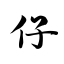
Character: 仔